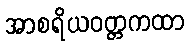
အာစရိယဝတ္တကထာ